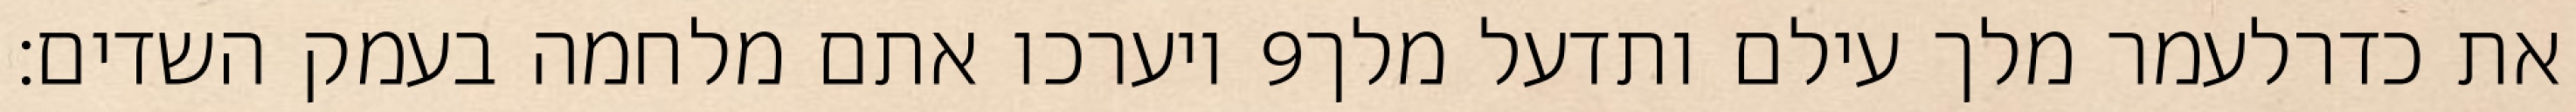
ויערכו אתם מלחמה בעמק השדים׃ ‎9‏ את כדרלעמר מלך עילם ותדעל מלך